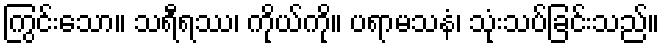
ကြွင်းသော။ သရီရဿ၊ ကိုယ်ကို။ ပရာမသနံ၊ သုံးသပ်ခြင်းသည်။